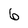
Character: 6